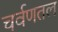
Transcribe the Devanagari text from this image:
चर्वणतल